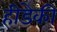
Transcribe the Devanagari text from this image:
हीडेकी